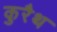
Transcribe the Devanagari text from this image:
कुरैथ